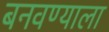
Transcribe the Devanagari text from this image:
बनवण्याला